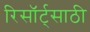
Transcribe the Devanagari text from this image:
रिसॉर्ट्‌साठी